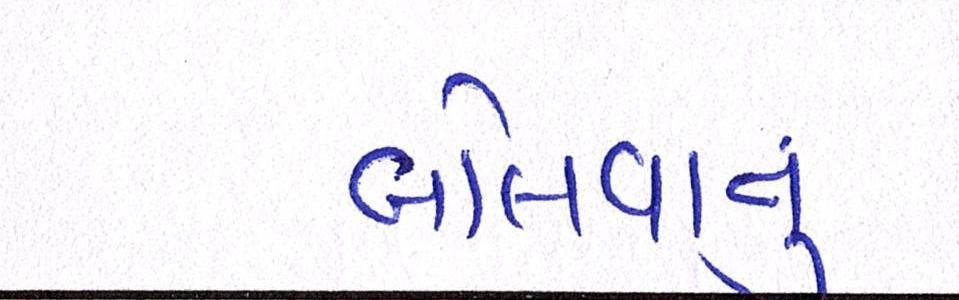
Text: બોલવાનું